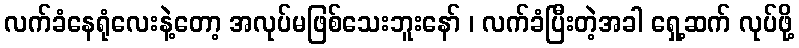
လက်ခံနေရုံလေးနဲ့တော့ အလုပ်မဖြစ်သေးဘူးနော် ၊ လက်ခံပြီးတဲ့အခါ ရှေ့ဆက် လုပ်ဖို့